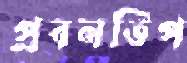
প্রবনতিপ